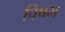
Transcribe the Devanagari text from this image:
विषभ